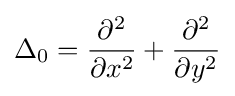
\Delta _{0}={\frac {\partial ^{2}}{\partial x^{2}}}+{\frac {\partial ^{2}}{\partial y^{2}}}